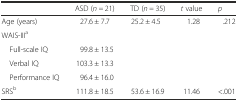
<table><thead><tr><td></td><td><b>ASD (<i>n =</i> 21)</b></td><td><b>TD (<i>n =</i> 35)</b></td><td><b><i>t</i> value</b></td><td><b><i>p</i></b></td></tr></thead><tbody><tr><td>Age (years)</td><td>27.6 ± 7.7</td><td>25.2 ± 4.5</td><td>1.28</td><td>.212</td></tr><tr><td>WAIS-III<sup>a</sup></td><td></td><td></td><td></td><td></td></tr><tr><td> Full-scale IQ</td><td>99.8 ± 13.5</td><td></td><td></td><td></td></tr><tr><td> Verbal IQ</td><td>103.3 ± 13.3</td><td></td><td></td><td></td></tr><tr><td> Performance IQ</td><td>96.4 ± 16.0</td><td></td><td></td><td></td></tr><tr><td>SRS<sup>b</sup></td><td>111.8 ± 18.5</td><td>53.6 ± 16.9</td><td>11.46</td><td>&lt;.001</td></tr></tbody></table>